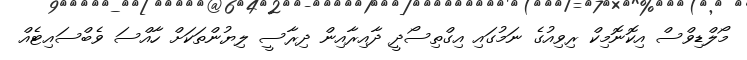
މޯލްޑިވްސް އިކޮނޮމިކް ރިވިއުގެ ނަމުގައި އިގްތިސޯދީ ދާއިރާއިން ދިރާސީ ލިޔުންތަކަށް ހާއްސަ ވެބްސައިޓެއް